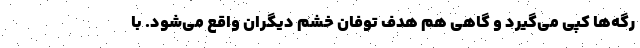
رگه‌ها کپی می‌گیرد و گاهی هم هدف توفان خشم دیگران واقع می‌شود. با